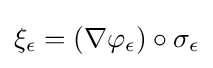
\xi _{\epsilon }=(\nabla \varphi _{\epsilon })\circ \sigma _{\epsilon }